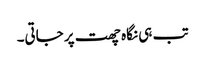
تب ہی نگاہ چھت پر جاتی۔